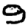
Digit: 9